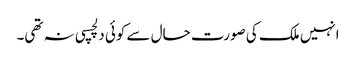
انہیں ملک کی صورت حال سے کوئی دلچسپی نہ تھی۔